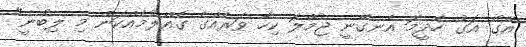
އޭގެ އަގު ހެދީމަ އެނގޭނީ ޖުމްލަ ކިހާ ވަރެއްގެ ގެއްލުމެއްކަން މި ލިބުނީ"